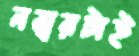
নম্বরটাই